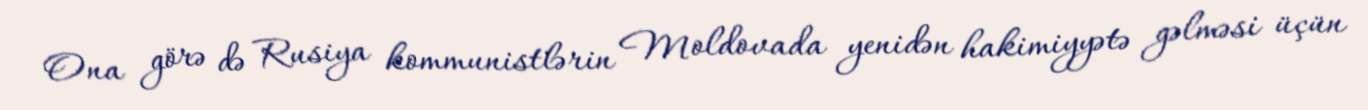
Ona görə də Rusiya kommunistlərin Moldovada yenidən hakimiyyətə gəlməsi üçün